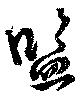
監